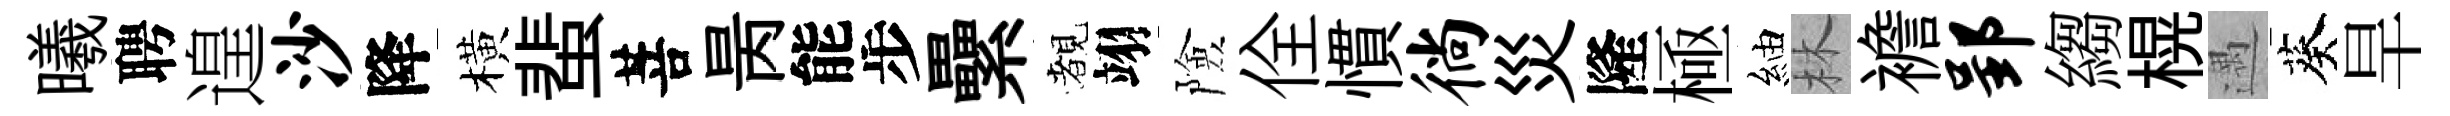
曦聘遑沙降橫蜚菩昺能步纍覩翊險佺慣徜災隆極紬林襜郢縐榥遇葵旱